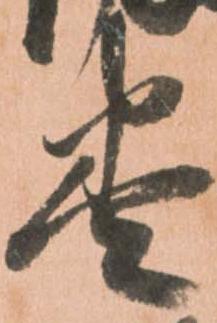
巻